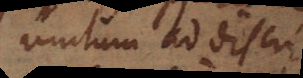
unitum ad discrimen